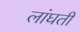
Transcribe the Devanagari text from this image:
लांघती